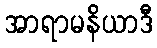
အာရာမနိယာဒီ